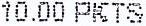
10.00 PKTS